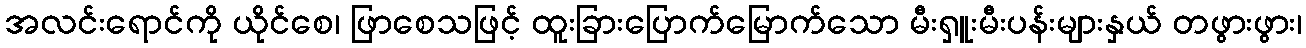
အလင်းရောင်ကို ယိုင်စေ၊ ဖြာစေသဖြင့် ထူးခြားပြောက်မြောက်သော မီးရှူးမီးပန်းများနှယ် တဖွားဖွား၊